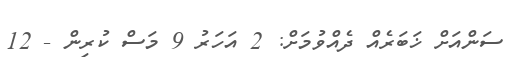
ސަންއަށް ޚަބަރެއް ދެއްވުމަށް: 2 އަހަރު 9 މަސް ކުރިން - 12